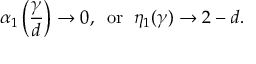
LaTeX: \alpha _ { 1 } \left( \frac { \gamma } { d } \right) \rightarrow 0 , \; \; \mathrm { o r } \; \; \eta _ { 1 } ( \gamma ) \rightarrow 2 - d .